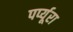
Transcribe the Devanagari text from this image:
पर्प्यूरा